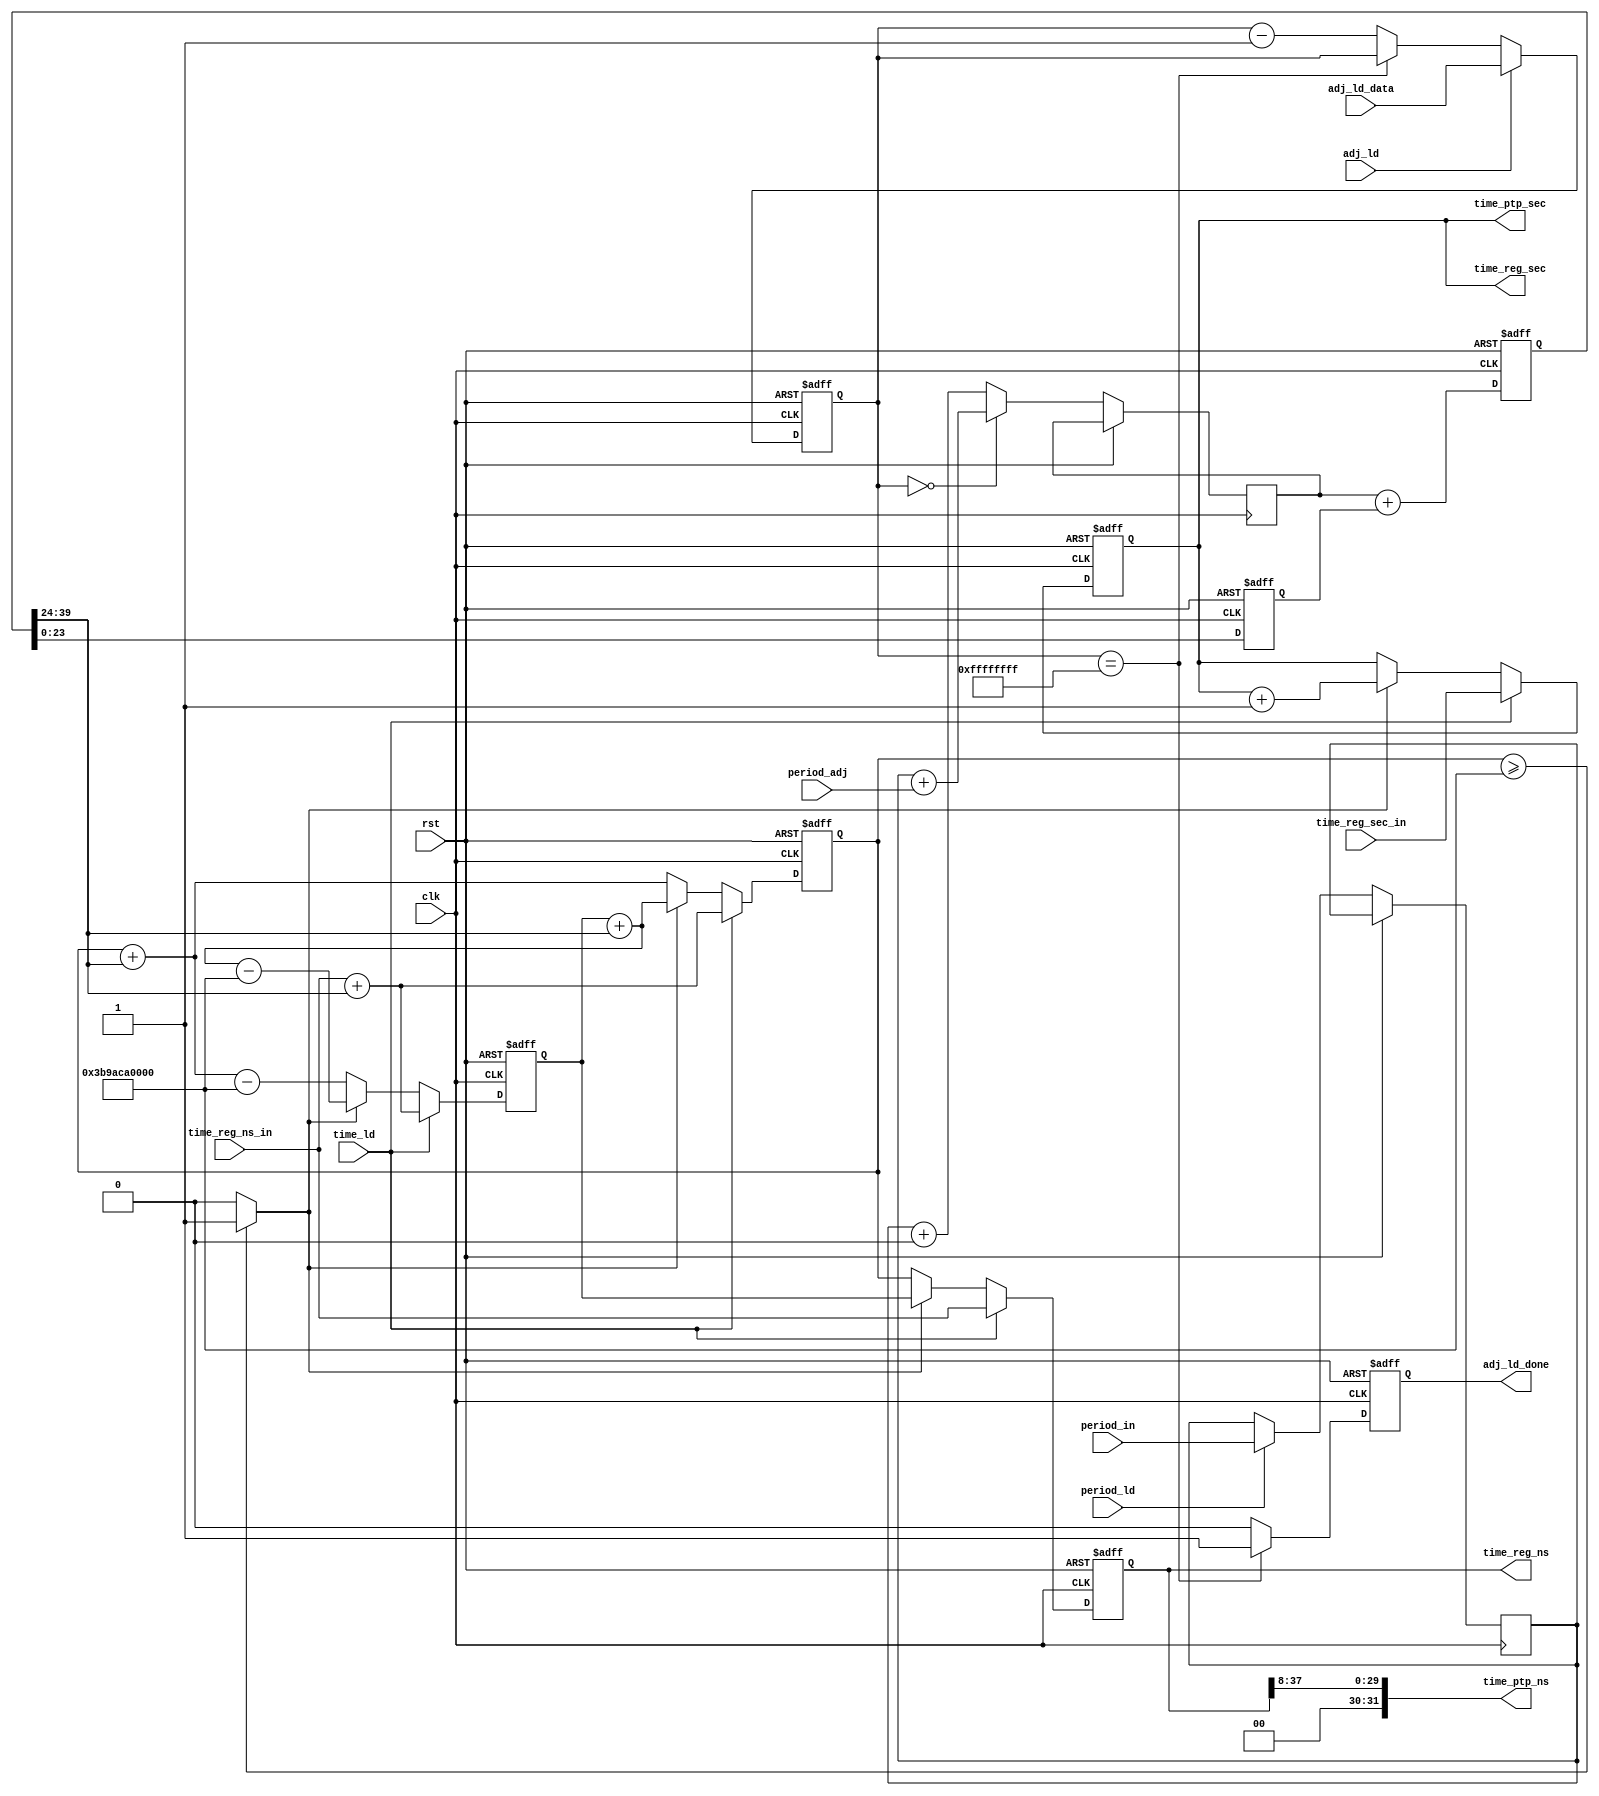
/*
 * rtc.v
 * 
 * Copyright (c) 2012, BABY&HW. All rights reserved.
 *
 * This library is free software; you can redistribute it and/or
 * modify it under the terms of the GNU Lesser General Public
 * License as published by the Free Software Foundation; either
 * version 2.1 of the License, or (at your option) any later version.
 *
 * This library is distributed in the hope that it will be useful,
 * but WITHOUT ANY WARRANTY; without even the implied warranty of
 * MERCHANTABILITY or FITNESS FOR A PARTICULAR PURPOSE.  See the GNU
 * Lesser General Public License for more details.
 *
 * You should have received a copy of the GNU Lesser General Public
 * License along with this library; if not, write to the Free Software
 * Foundation, Inc., 51 Franklin Street, Fifth Floor, Boston,
 * MA 02110-1301  USA
 */

`timescale 1ns/1ns

module rtc (
  input rst, clk,
  // 1. direct time adjustment: ToD set up
  input        time_ld,
  input [37:0] time_reg_ns_in,   // 37:8 ns, 7:0 ns_fraction
  input [47:0] time_reg_sec_in,  // 47:0 sec
  // 2. frequency adjustment: frequency set up for drift compensation
  input        period_ld,
  input [39:0] period_in,        // 39:32 ns, 31:0 ns_fraction
  // 3. precise time adjustment: small time difference adjustment with a time mark
  input        adj_ld,
  input [31:0] adj_ld_data,
  output reg   adj_ld_done,
  input [39:0] period_adj,  // 39:32 ns, 31:0 ns_fraction

  // time output: for internal with ns fraction
  output [37:0] time_reg_ns,  // 37:8 ns, 7:0 ns_fraction
  output [47:0] time_reg_sec, // 47:0 sec
  // time output: for external with ptp standard
  output [31:0] time_ptp_ns,  // 31:0 ns
  output [47:0] time_ptp_sec  // 47:0 sec
);

parameter time_acc_modulo = 38'd256000000000;

reg  [39:0] period_fix;  // 39:32 ns, 31:0 ns_fraction
reg  [31:0] adj_cnt;
reg  [39:0] time_adj;    // 39:32 ns, 31:0 ns_fraction
// frequency and small time difference adjustment registers
always @(posedge rst or posedge clk) begin
  if (rst) begin
    period_fix  <= period_fix;  //40'd0;
    adj_cnt     <= 32'hffffffff;
    time_adj    <= time_adj;    //40'd0;
    adj_ld_done <= 1'b0;
  end
  else begin
    if (period_ld)  // load period adjustment
      period_fix <= period_in;
    else
      period_fix <= period_fix;

    if (adj_ld)  // load precise time adjustment time mark
      adj_cnt  <= adj_ld_data;
    else if (adj_cnt==32'hffffffff)
      adj_cnt  <= adj_cnt;  // no cycling
    else
      adj_cnt  <= adj_cnt - 1;  // counting down

    if (adj_cnt==0)  // change period temparorily
      time_adj <= period_fix + period_adj;
    else
      time_adj <= period_fix + 0;

    if (adj_cnt==32'hffffffff)
      adj_ld_done <= 1'b1;
    else
      adj_ld_done <= 1'b0;
  end
end

reg  [39:0] time_adj_08n_32f;  // 39:32 ns, 31:0 ns_fraction
wire [15:0] time_adj_08n_08f;  // 15: 8 ns,  7:0 ns_fraction
reg  [23:0] time_adj_00n_24f;  //           23:0 ns_fraction
// delta-sigma circuit to keep the lower 24bit of time_adj
always @(posedge rst or posedge clk) begin
  if (rst) begin
    time_adj_08n_32f <= 40'd0;
    time_adj_00n_24f <= 24'd0;
  end
  else begin
    time_adj_08n_32f <= time_adj[39: 0] + {16'd0, time_adj_00n_24f};  // add the delta
    time_adj_00n_24f <= time_adj_08n_32f[23: 0];                      // save the delta
  end
end
assign time_adj_08n_08f = time_adj_08n_32f[39:24];  // output w/o the delta

reg  [37:0] time_acc_30n_08f_pre_pos;  // 37:8 ns , 7:0 ns_fraction
reg  [37:0] time_acc_30n_08f_pre_neg;  // 37:8 ns , 7:0 ns_fraction
wire        time_acc_48s_inc = (time_acc_30n_08f_pre_pos >= time_acc_modulo)? 1'b1: 1'b0;
// time accumulator pre adder (48bit_s + 30bit_ns + 8bit_ns_fraction)
always @(posedge rst or posedge clk) begin
  if (rst) begin
    time_acc_30n_08f_pre_pos <= 38'd0;
    time_acc_30n_08f_pre_neg <= 38'd0;
  end
  else begin
    if (time_ld) begin  // direct write
      time_acc_30n_08f_pre_pos <= time_reg_ns_in + {22'd0, time_adj_08n_08f};
      time_acc_30n_08f_pre_neg <= time_reg_ns_in + {22'd0, time_adj_08n_08f};
    end
    else begin
      if (time_acc_48s_inc) begin
        time_acc_30n_08f_pre_pos <= time_acc_30n_08f_pre_neg + {22'd0, time_adj_08n_08f};
        time_acc_30n_08f_pre_neg <= time_acc_30n_08f_pre_neg + {22'd0, time_adj_08n_08f} - time_acc_modulo;
      end
      else begin
        time_acc_30n_08f_pre_pos <= time_acc_30n_08f_pre_pos + {22'd0, time_adj_08n_08f};
        time_acc_30n_08f_pre_neg <= time_acc_30n_08f_pre_pos + {22'd0, time_adj_08n_08f} - time_acc_modulo;
      end
    end
  end
end

reg  [37:0] time_acc_30n_08f;          // 37:8 ns , 7:0 ns_fraction
reg  [47:0] time_acc_48s;              // 47:0 sec
// time accumulator (48bit_s + 30bit_ns + 8bit_ns_fraction)
always @(posedge rst or posedge clk) begin
  if (rst) begin
    time_acc_30n_08f <= 38'd0;
    time_acc_48s     <= 48'd0;
  end
  else begin
    if (time_ld) begin  // direct write
      time_acc_30n_08f <= time_reg_ns_in;
      time_acc_48s     <= time_reg_sec_in;
    end
    else begin

      if (time_acc_48s_inc)
        time_acc_30n_08f <= time_acc_30n_08f_pre_neg;
      else
        time_acc_30n_08f <= time_acc_30n_08f_pre_pos;

      if (time_acc_48s_inc)
        time_acc_48s     <= time_acc_48s + 1;
      else
        time_acc_48s     <= time_acc_48s;

    end
  end
end

// time output (48bit_s + 30bit_ns + 8bit_ns_fraction)
assign time_reg_ns  = time_acc_30n_08f;
assign time_reg_sec = time_acc_48s;
// time output (48bit_s + 32bit_ns)
assign time_ptp_ns  = {2'b00, time_acc_30n_08f[37:8]};
assign time_ptp_sec = time_acc_48s;

endmodule